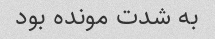
به شدت مونده بود